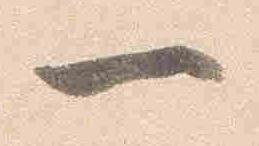
一